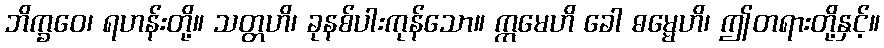
ဘိက္ခဝေ၊ ရဟန်းတို့။ သတ္တဟိ၊ ခုနစ်ပါးကုန်သော။ ဣမေဟိ ခေါ ဓမ္မေဟိ၊ ဤတရားတို့နှင့်။